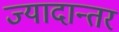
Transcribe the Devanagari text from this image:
ज्यादान्तर